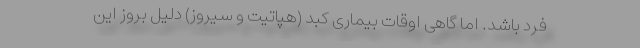
فرد باشد. اما گاهی اوقات بیماری کبد (هپاتیت و سیروز) دلیل بروز این